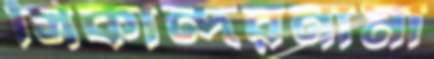
সিকান্দরনামা